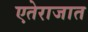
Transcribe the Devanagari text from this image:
एतेराजात